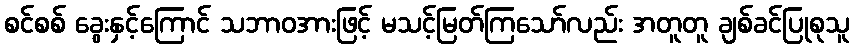
စင်စစ် ခွေးနှင့်ကြောင် သဘာဝအားဖြင့် မသင့်မြတ်ကြသော်လည်း အတူတူ ချစ်ခင်ပြုစုသူ